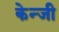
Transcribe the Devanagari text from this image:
केन्जी